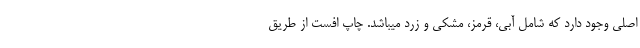
اصلی وجود دارد که شامل آبی، قرمز، مشکی و زرد میباشد. چاپ افست از طریق